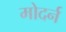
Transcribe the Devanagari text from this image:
मोदर्न